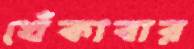
খেঁকাবার